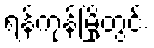
ရန်ကုန်မြို့တွင်း